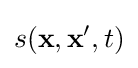
s({\bf {x}},{\bf {x}}',t)